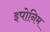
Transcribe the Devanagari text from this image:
इपोनिम